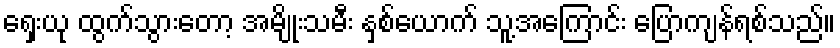
ရှေးယု ထွက်သွားတော့ အမျိုးသမီး နှစ်ယောက် သူ့အကြောင်း ပြောကျန်ရစ်သည်။